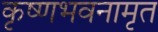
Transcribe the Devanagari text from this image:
कृष्णभवनामृत